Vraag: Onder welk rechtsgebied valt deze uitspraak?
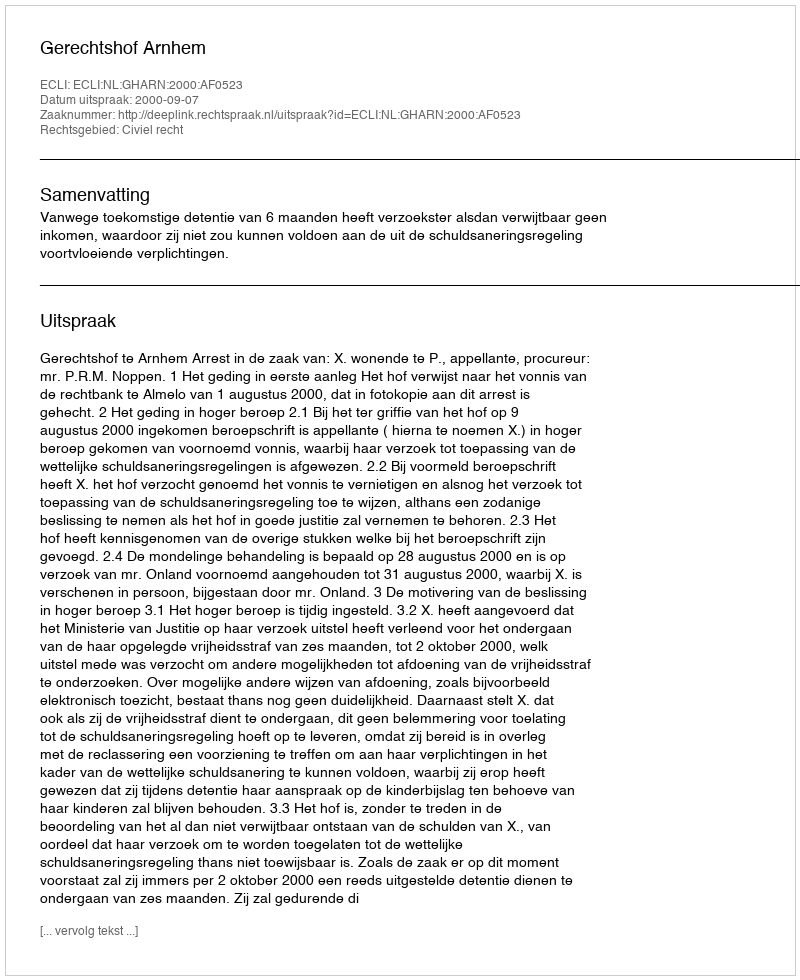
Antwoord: Civiel recht